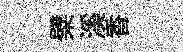
檗溪香